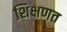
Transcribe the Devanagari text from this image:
शिक्षणत